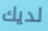
لديك